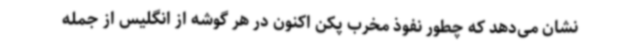
نشان می‌دهد که چطور نفوذ مخرب پکن اکنون در هر گوشه از انگلیس از جمله